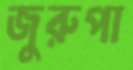
জুরুপা